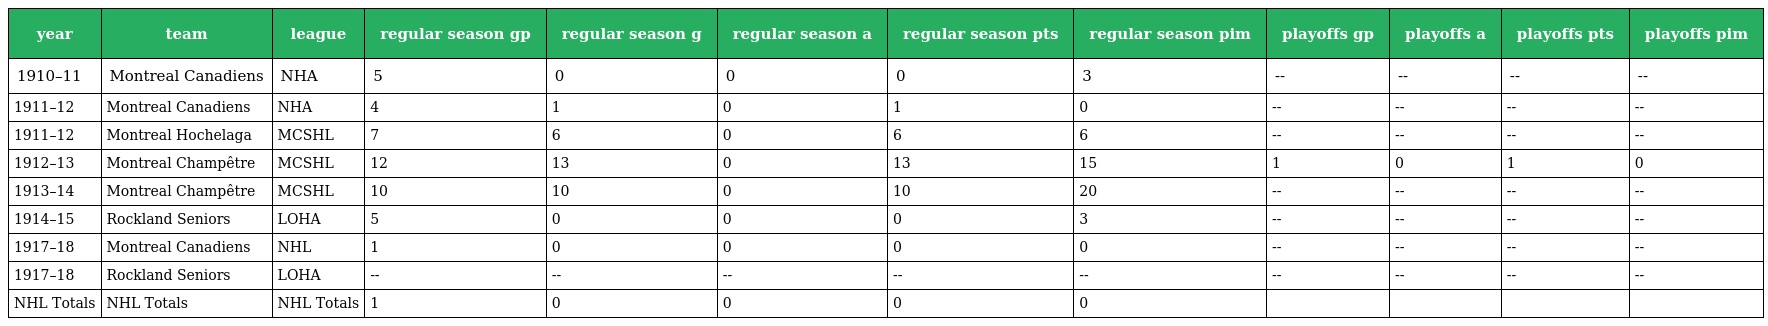
| year | team | league | regular season gp | regular season g | regular season a | regular season pts | regular season pim | playoffs gp | playoffs a | playoffs pts | playoffs pim |
 | --- | --- | --- | --- | --- | --- | --- | --- | --- | --- | --- | --- |
 | 1910–11 | Montreal Canadiens | NHA | 5 | 0 | 0 | 0 | 3 | -- | -- | -- | -- |
 | 1911–12 | Montreal Canadiens | NHA | 4 | 1 | 0 | 1 | 0 | -- | -- | -- | -- |
 | 1911–12 | Montreal Hochelaga | MCSHL | 7 | 6 | 0 | 6 | 6 | -- | -- | -- | -- |
 | 1912–13 | Montreal Champêtre | MCSHL | 12 | 13 | 0 | 13 | 15 | 1 | 0 | 1 | 0 |
 | 1913–14 | Montreal Champêtre | MCSHL | 10 | 10 | 0 | 10 | 20 | -- | -- | -- | -- |
 | 1914–15 | Rockland Seniors | LOHA | 5 | 0 | 0 | 0 | 3 | -- | -- | -- | -- |
 | 1917–18 | Montreal Canadiens | NHL | 1 | 0 | 0 | 0 | 0 | -- | -- | -- | -- |
 | 1917–18 | Rockland Seniors | LOHA | -- | -- | -- | -- | -- | -- | -- | -- | -- |
 | NHL Totals | NHL Totals | NHL Totals | 1 | 0 | 0 | 0 | 0 |  |  |  |  |